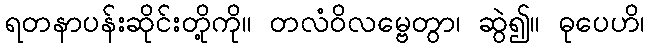
ရတနာပန်းဆိုင်းတို့ကို။ တလံဝိလမ္ဗေတွာ၊ ဆွဲ၍။ ဓုပေဟိ၊